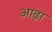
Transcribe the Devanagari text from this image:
आढ़ा